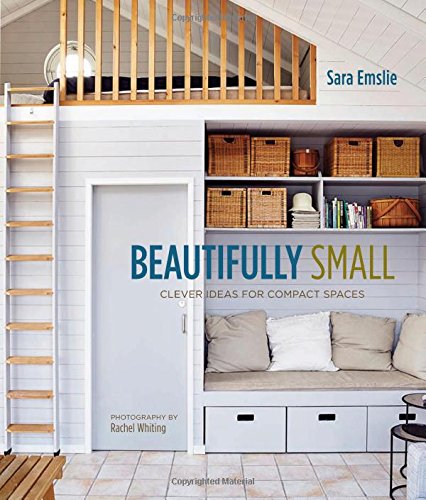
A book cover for Beautifully Small: Style Solutions for Small Spaces; Sara Emslie; Crafts, Hobbies & Home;